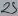
Text: 25